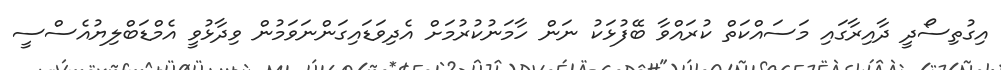
އިގުތިސޯދީ ދާއިރާގައި މަސައްކަތް ކުރައްވާ ބޭފުޅަކު ނަން ހާމަނުކުރުމަށް އެދިވަޑައިގަންނަވަމުން ވިދާޅުވީ އެމްޑަބްލިޔުއެސްސީ